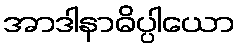
အာဒါနာဓိပ္ပါယော